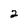
Character: 2